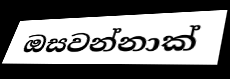
ඔසවන්නාක්